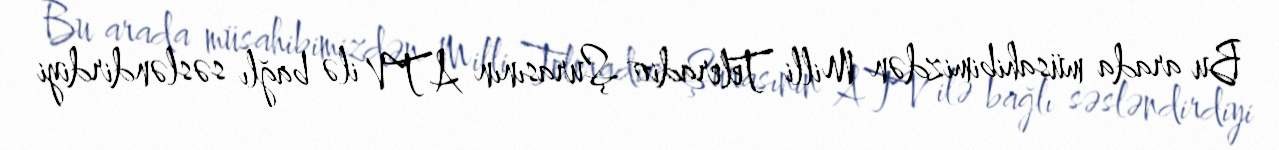
Bu arada müsahibimizdən Milli Teleradio Şurasının ATV ilə bağlı səsləndirdiyi